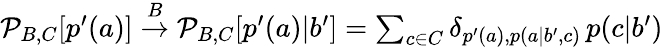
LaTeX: \begin{array}{r}{\mathcal{P}_{B,C}[p^{\prime}(a)]\stackrel{B}{\rightarrow}\mathcal{P}_{B,C}[p^{\prime}(a)|b^{\prime}]=\sum_{c\in C}\delta_{p^{\prime}(a),p(a|b^{\prime},c)}\, p(c|b^{\prime})}\end{array}